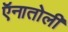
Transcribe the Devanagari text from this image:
ऍनातोली